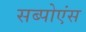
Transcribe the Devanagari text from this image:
सब्पोएंस